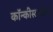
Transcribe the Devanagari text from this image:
कॉन्कीस्टाडोरस